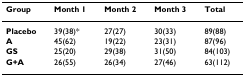
| Group | Month 1 | Month 2 | Month 3 | Total |
 | --- | --- | --- | --- | --- |
 | Placebo | 39(38)* | 27(27) | 30(33) | 89(88) |
 | A | 45(62) | 19(22) | 23(31) | 87(96) |
 | GS | 25(20) | 29(38) | 31(50) | 84(103) |
 | G+A | 26(55) | 26(34) | 27(46) | 63(112) |